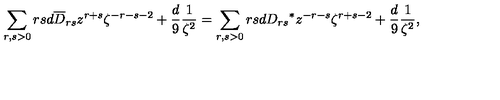
\sum _ { r , s > 0 } r s d \overline { D } _ { r s } z ^ { r + s } \zeta ^ { - r - s - 2 } + { \frac { d } { 9 } } { \frac { 1 } { \zeta ^ { 2 } } } = \sum _ { r , s > 0 } r s d { D _ { r s } } ^ { \ast } z ^ { - r - s } \zeta ^ { r + s - 2 } + { \frac { d } { 9 } } { \frac { 1 } { \zeta ^ { 2 } } } ,